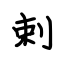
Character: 剌